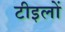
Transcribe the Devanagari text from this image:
टीइलों